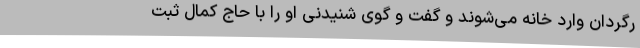
رگردان وارد خانه می‌شوند و گفت و گوی شنیدنی او را با حاج کمال ثبت